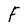
Character: F